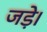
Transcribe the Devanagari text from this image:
जड़े।